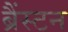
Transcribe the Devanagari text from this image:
ब्रैंस्टन